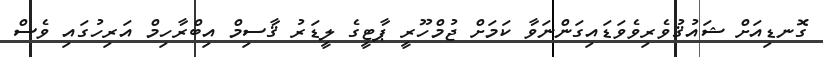
ގޮނޑިއަށް ޝައުޤުވެރިވެވަޑައިގަންނަވާ ކަމަށް ޖުމްހޫރީ ޕާޓީގެ ލީޑަރު ޤާސިމް އިބްރާހިމް އަރިހުގައި ވެސް